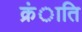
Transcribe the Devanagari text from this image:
क्रंाति